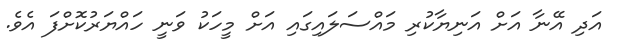
އަދި އޭނާ އަށް އަނިޔާކުރި މައްސަލައިގައި އަށް މީހަކު ވަނީ ހައްޔަރުކޮށްފަ އެވެ.